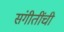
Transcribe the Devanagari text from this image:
संगीतींची